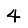
Digit: 4